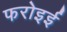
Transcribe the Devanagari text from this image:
फरोइई